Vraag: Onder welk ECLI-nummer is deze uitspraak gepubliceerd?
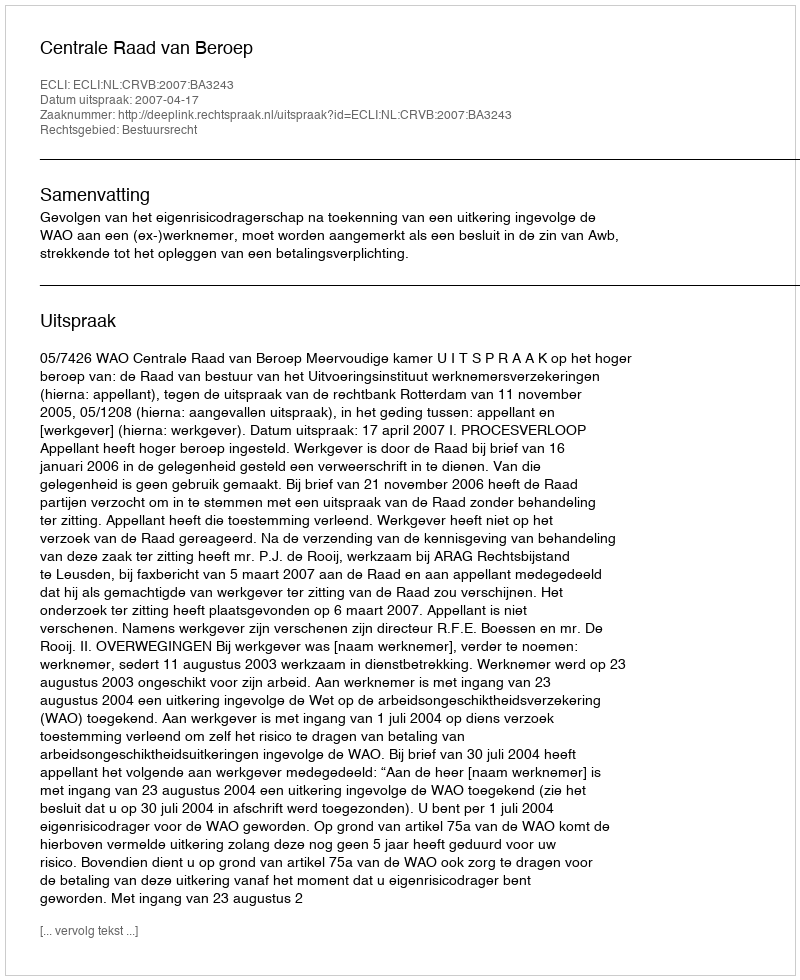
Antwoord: ECLI:NL:CRVB:2007:BA3243